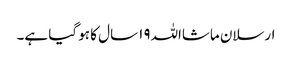
ارسلان ماشااللہ١٩ سال کا ہو گیا ہے۔